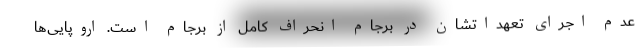
عدم اجرای تعهداتشان در برجام انحراف کامل از برجام است. اروپایی‌ها